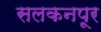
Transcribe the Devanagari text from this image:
सलकनपूर